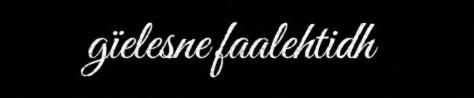
gïelesne faalehtidh